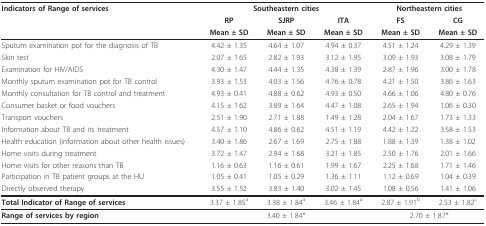
<table><thead><tr><td><b>Indicators of Range of services</b></td><td colspan="3"><b>Southeastern cities</b></td><td colspan="2"><b>Northeastern cities</b></td></tr><tr><td></td><td><b>RP</b></td><td><b>SJRP</b></td><td><b>ITA</b></td><td><b>FS</b></td><td><b>CG</b></td></tr><tr><td></td><td><b>Mean ± SD</b></td><td><b>Mean ± SD</b></td><td><b>Mean ± SD</b></td><td><b>Mean ± SD</b></td><td><b>Mean ± SD</b></td></tr></thead><tbody><tr><td>Sputum examination pot for the diagnosis of TB</td><td>4.42 ± 1.35</td><td>4.64 ± 1.07</td><td>4.94 ± 0.37</td><td>4.51 ± 1.24</td><td>4.29 ± 1.39</td></tr><tr><td>Skin test</td><td>2.07 ± 1.65</td><td>2.82 ± 1.93</td><td>3.12 ± 1.95</td><td>3.09 ± 1.93</td><td>3.08 ± 1.79</td></tr><tr><td>Examination for HIV/AIDS</td><td>4.30 ± 1.47</td><td>4.44 ± 1.35</td><td>4.38 ± 1.39</td><td>2.87 ± 1.96</td><td>3.00 ± 1.78</td></tr><tr><td>Monthly sputum examination pot for TB control</td><td>3.93 ± 1.53</td><td>4.03 ± 1.56</td><td>4.76 ± 0.78</td><td>4.21 ± 1.50</td><td>3.86 ± 1.63</td></tr><tr><td>Monthly consultation for TB control and treatment</td><td>4.93 ± 0.41</td><td>4.88 ± 0.62</td><td>4.93 ± 0.50</td><td>4.66 ± 1.06</td><td>4.80 ± 0.76</td></tr><tr><td>Consumer basket or food vouchers</td><td>4.15 ± 1.62</td><td>3.89 ± 1.64</td><td>4.47 ± 1.08</td><td>2.65 ± 1.94</td><td>1.06 ± 0.30</td></tr><tr><td>Transport vouchers</td><td>2.51 ± 1.90</td><td>2.71 ± 1.88</td><td>1.49 ± 1.28</td><td>2.04 ± 1.67</td><td>1.73 ± 1.33</td></tr><tr><td>Information about TB and its treatment</td><td>4.57 ± 1.10</td><td>4.86 ± 0.62</td><td>4.51 ± 1.19</td><td>4.42 ± 1.22</td><td>3.58 ± 1.53</td></tr><tr><td>Health education (information about other health issues)</td><td>3.40 ± 1.86</td><td>2.67 ± 1.69</td><td>2.75 ± 1.88</td><td>1.88 ± 1.39</td><td>1.38 ± 1.02</td></tr><tr><td>Home visits during treatment</td><td>3.72 ± 1.47</td><td>2.94 ± 1.68</td><td>3.21 ± 1.85</td><td>2.50 ± 1.76</td><td>2.01 ± 1.66</td></tr><tr><td>Home visits for other reasons than TB</td><td>1.16 ± 0.63</td><td>1.16 ± 0.61</td><td>1.99 ± 1.67</td><td>2.25 ± 1.68</td><td>1.71 ± 1.46</td></tr><tr><td>Participation in TB patient groups at the HU</td><td>1.05 ± 0.41</td><td>1.05 ± 0.29</td><td>1.36 ± 1.11</td><td>1.12 ± 0.69</td><td>1.04 ± 0.39</td></tr><tr><td>Directly observed therapy</td><td>3.55 ± 1.52</td><td>3.83 ± 1.40</td><td>3.02 ± 1.45</td><td>1.08 ± 0.56</td><td>1.41 ± 1.06</td></tr><tr><td><b>Total Indicator of Range of services</b></td><td>3.37 ± 1.85<sup>a</sup></td><td>3.38 ± 1.84<sup>a</sup></td><td>3.46 ± 1.84<sup>a</sup></td><td>2.87 ± 1.91<sup>b</sup></td><td>2.53 ± 1.82<sup>c</sup></td></tr><tr><td><b>Range of services by region</b></td><td colspan="3">3.40 ± 1.84*</td><td colspan="2">2.70 ± 1.87*</td></tr></tbody></table>